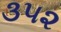
૩૫૨